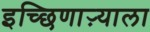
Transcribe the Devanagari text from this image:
इच्छिणाऱ्याला